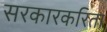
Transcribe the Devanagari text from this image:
सरकारकरिता